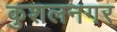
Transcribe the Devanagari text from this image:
कुशलनगर